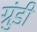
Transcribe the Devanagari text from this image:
ग्रुंडी